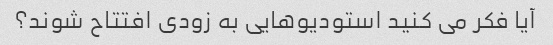
آیا فکر می کنید استودیوهایی به زودی افتتاح شوند؟